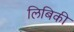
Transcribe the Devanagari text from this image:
लिबिकी